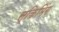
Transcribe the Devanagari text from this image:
स्किमिंग